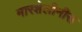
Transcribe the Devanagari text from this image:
मारशेलीनीस